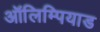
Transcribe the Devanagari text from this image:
ऑलिम्पियाड